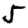
Digit: 5